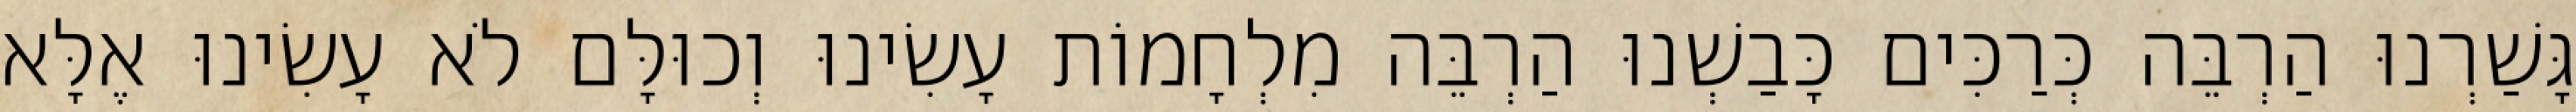
גָּשַׁרְנוּ הַרְבֵּה כְּרַכִּים כָּבַשְׁנוּ הַרְבֵּה מִלְחָמוֹת עָשִׂינוּ וְכוּלָּם לֹא עָשִׂינוּ אֶלָּא